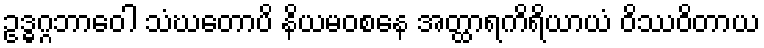
ဥဒ္ဓဂ္ဂဘာဝေါ သံဃတောပိ နိယမဝစနေ အတ္ထာရကိရိယာယံ ဝိဿဝိတာယ